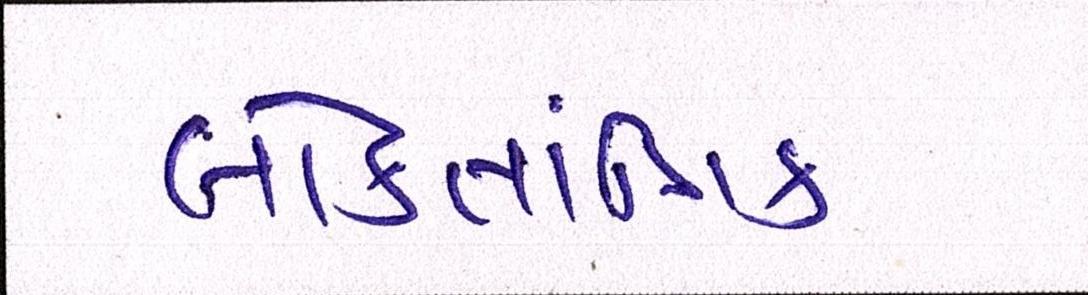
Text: લોકતાંત્રિક